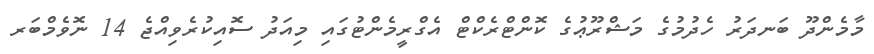
މާމެންދޫ ބަނދަރު ހެދުމުގެ މަޝްރޫޢުގެ ކޮންޓްރެކްޓް އެގްރީމެންޓުގައި މިއަދު ސޮއިކުރެވިއްޖެ 14 ނޮވެމްބަރ